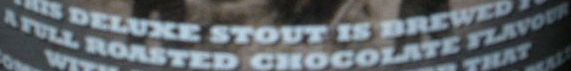
A RULL RONSTED CNOCOLATE